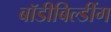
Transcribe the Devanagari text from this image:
बॉडीबिल्डींग